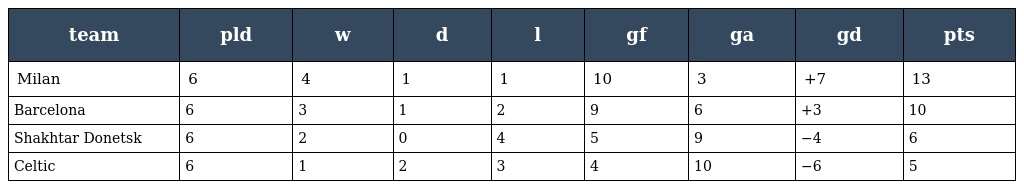
| team | pld | w | d | l | gf | ga | gd | pts |
 | --- | --- | --- | --- | --- | --- | --- | --- | --- |
 | Milan | 6 | 4 | 1 | 1 | 10 | 3 | +7 | 13 |
 | Barcelona | 6 | 3 | 1 | 2 | 9 | 6 | +3 | 10 |
 | Shakhtar Donetsk | 6 | 2 | 0 | 4 | 5 | 9 | −4 | 6 |
 | Celtic | 6 | 1 | 2 | 3 | 4 | 10 | −6 | 5 |